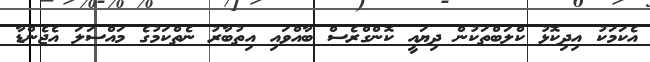
އެކަމަކު އިދިކޮޅު ކްލަބްތަކުން ދިޔައީ ކޮންގްރެސް ބާއްވައި އިތުބާރު ނެތްކަމުގެ މައްސަލަ އެޖެންޑާ